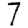
Digit: 7